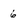
Character: 6